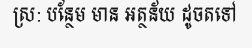
ស្រ: បន្ថែម មាន អត្ថន័យ ដូចតទៅ